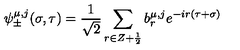
\psi _ { \pm } ^ { \mu , j } ( \sigma , \tau ) = \frac { 1 } { \sqrt 2 } \sum _ { r \in Z + \frac { 1 } { 2 } } b _ { r } ^ { \mu , j } e ^ { - i r ( \tau + \sigma ) }